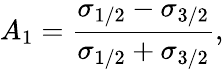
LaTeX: A_{1}=\frac{\sigma_{1/2}-\sigma_{3/2}}{\sigma_{1/2}+\sigma_{3/2}},